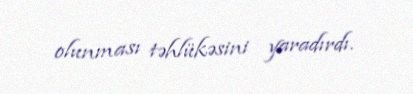
olunması təhlükəsini yaradırdı.